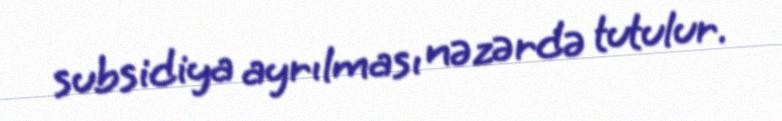
subsidiya ayrılması nəzərdə tutulur.